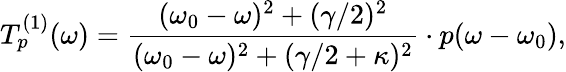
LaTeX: T_{p}^{(1)}(\omega)=\frac{(\omega_{0}-\omega)^{2}+(\gamma/2)^{2}}{(\omega_{0}-\omega)^{2}+(\gamma/2+\kappa)^{2}}\cdot p(\omega-\omega_{0}),